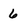
Character: 6